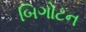
બિગોટન